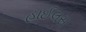
હાઈલસ